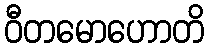
ဝီတမောဟောတိ